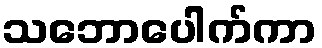
သဘောပေါက်ကာ